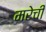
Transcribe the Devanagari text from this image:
मरेची